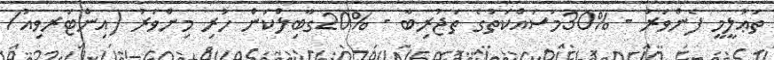
ތަޢުލީމީ ފެންވަރު - %30މަސައްކަތުގެ ތަޖުރިބާ - %20ގާބިލްކަން ހުރި މިންވަރު (އިންޓަރވިއު/